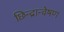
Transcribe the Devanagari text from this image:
छिन्द्रान्वेषण